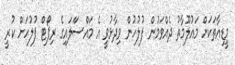
މީޑިއާތަކަށް މައުލޫމާތު ދެއްވަމުން ފުލުހުން ވިދާޅުވީ އެ މައްސަަލައިގެ ރިޕޯޓް ފުލުހަށް ކުރީ